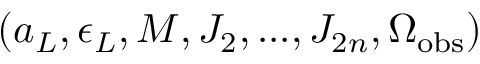
( a _ { \cal L } , \epsilon _ { \cal L } , M , J _ { 2 } , . . . , J _ { 2 n } , \Omega _ { \mathrm { o b s } } )